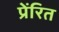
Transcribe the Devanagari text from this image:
प्रेंरित